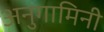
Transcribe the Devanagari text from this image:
अनुगामिनी